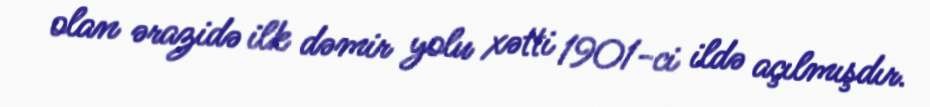
olan ərazidə ilk dəmir yolu xətti 1901-ci ildə açılmışdır.